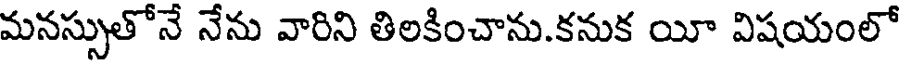
మనస్సుతోనే నేను వారిని తిలకించాను.కనుక యీ విషయంలో